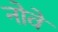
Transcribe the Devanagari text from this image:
नोवें